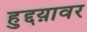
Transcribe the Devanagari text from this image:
हुद्दय़ावर